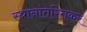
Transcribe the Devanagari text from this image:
स्थानांतरितकर